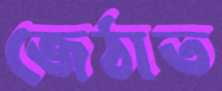
জেঠাত